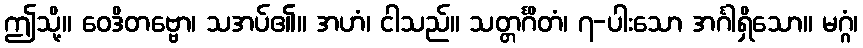
ဤသို့။ ဝေဒိတဗ္ဗော၊ သအပ်၏။ အဟံ၊ ငါသည်။ သတ္တင်္ဂိတံ၊ ၇-ပါးသော အင်္ဂါရှိသော။ မဂ္ဂံ၊